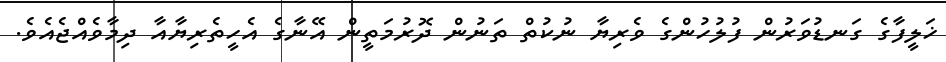
ޚަލީފާގެ ގަނޑުވަރުން ފުލުހުންގެ ވެރިޔާ ނުކުތް ތަނުން ދޮރުމަތީން އޭނާގެ އެހީތެރިޔާއާ ދިމާވެއްޖެއެވެ.